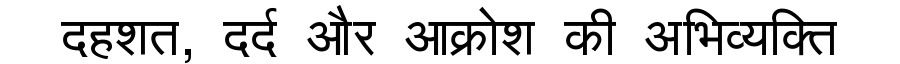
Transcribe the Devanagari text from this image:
दहशत, दर्द और आक्रोश की अभिव्यक्ति